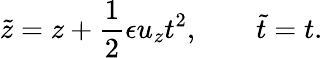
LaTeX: {\tilde{z}}=z+\frac{1}{2}\epsilon u_{z}t^{2},\qquad{\tilde{t}}=t.